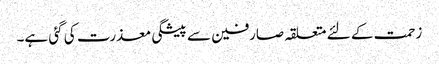
زحمت کے لئے متعلقہ صارفین سے پیشگی معذرت کی گئی ہے۔